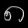
Digit: ၈